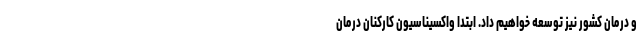
و درمان کشور نیز توسعه خواهیم داد. ابتدا واکسیناسیون کارکنان درمان